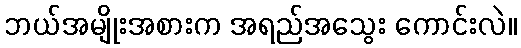
ဘယ်အမျိုးအစားက အရည်အသွေး ကောင်းလဲ။